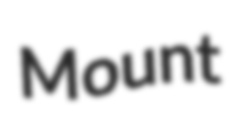
Mount